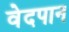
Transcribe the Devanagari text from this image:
वेदपान